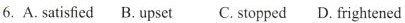
6. A. stisfed B. upset C. soped D. frnghend